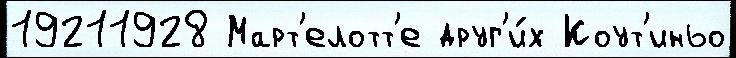
19211928 Март'елотт'е друг'и́х Коут'иньо